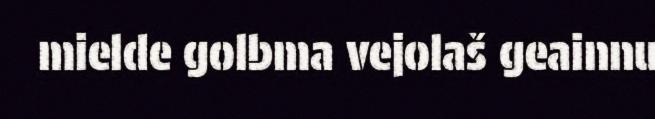
mielde golbma vejolaš geainnu